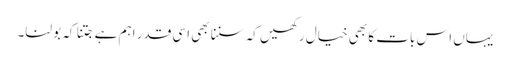
یہاں اس بات کا بھی خیال رکھیں کہ سننا بھی اسی قدر اہم ہے جتنا کہ بولنا۔